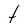
Character: t